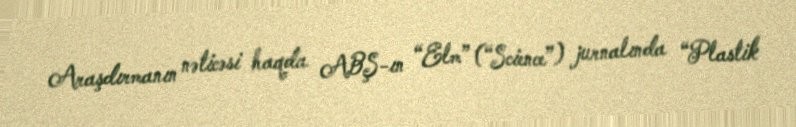
Araşdırmanın nəticəsi haqda ABŞ-ın “Elm” (“Science”) jurnalında “Plastik